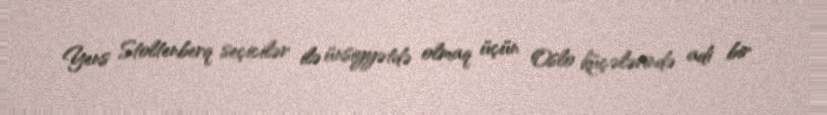
Yens Stoltenberq seçicilər ilə ünsiyyətdə olmaq üçün Oslo küçələrində adi bir